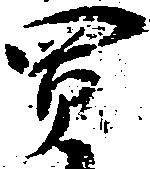
買